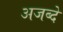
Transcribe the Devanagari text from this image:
अजब्दे